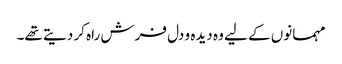
مہمانوں کے لیے وہ دیدہ و دل فرش راہ کر دیتے تھے۔